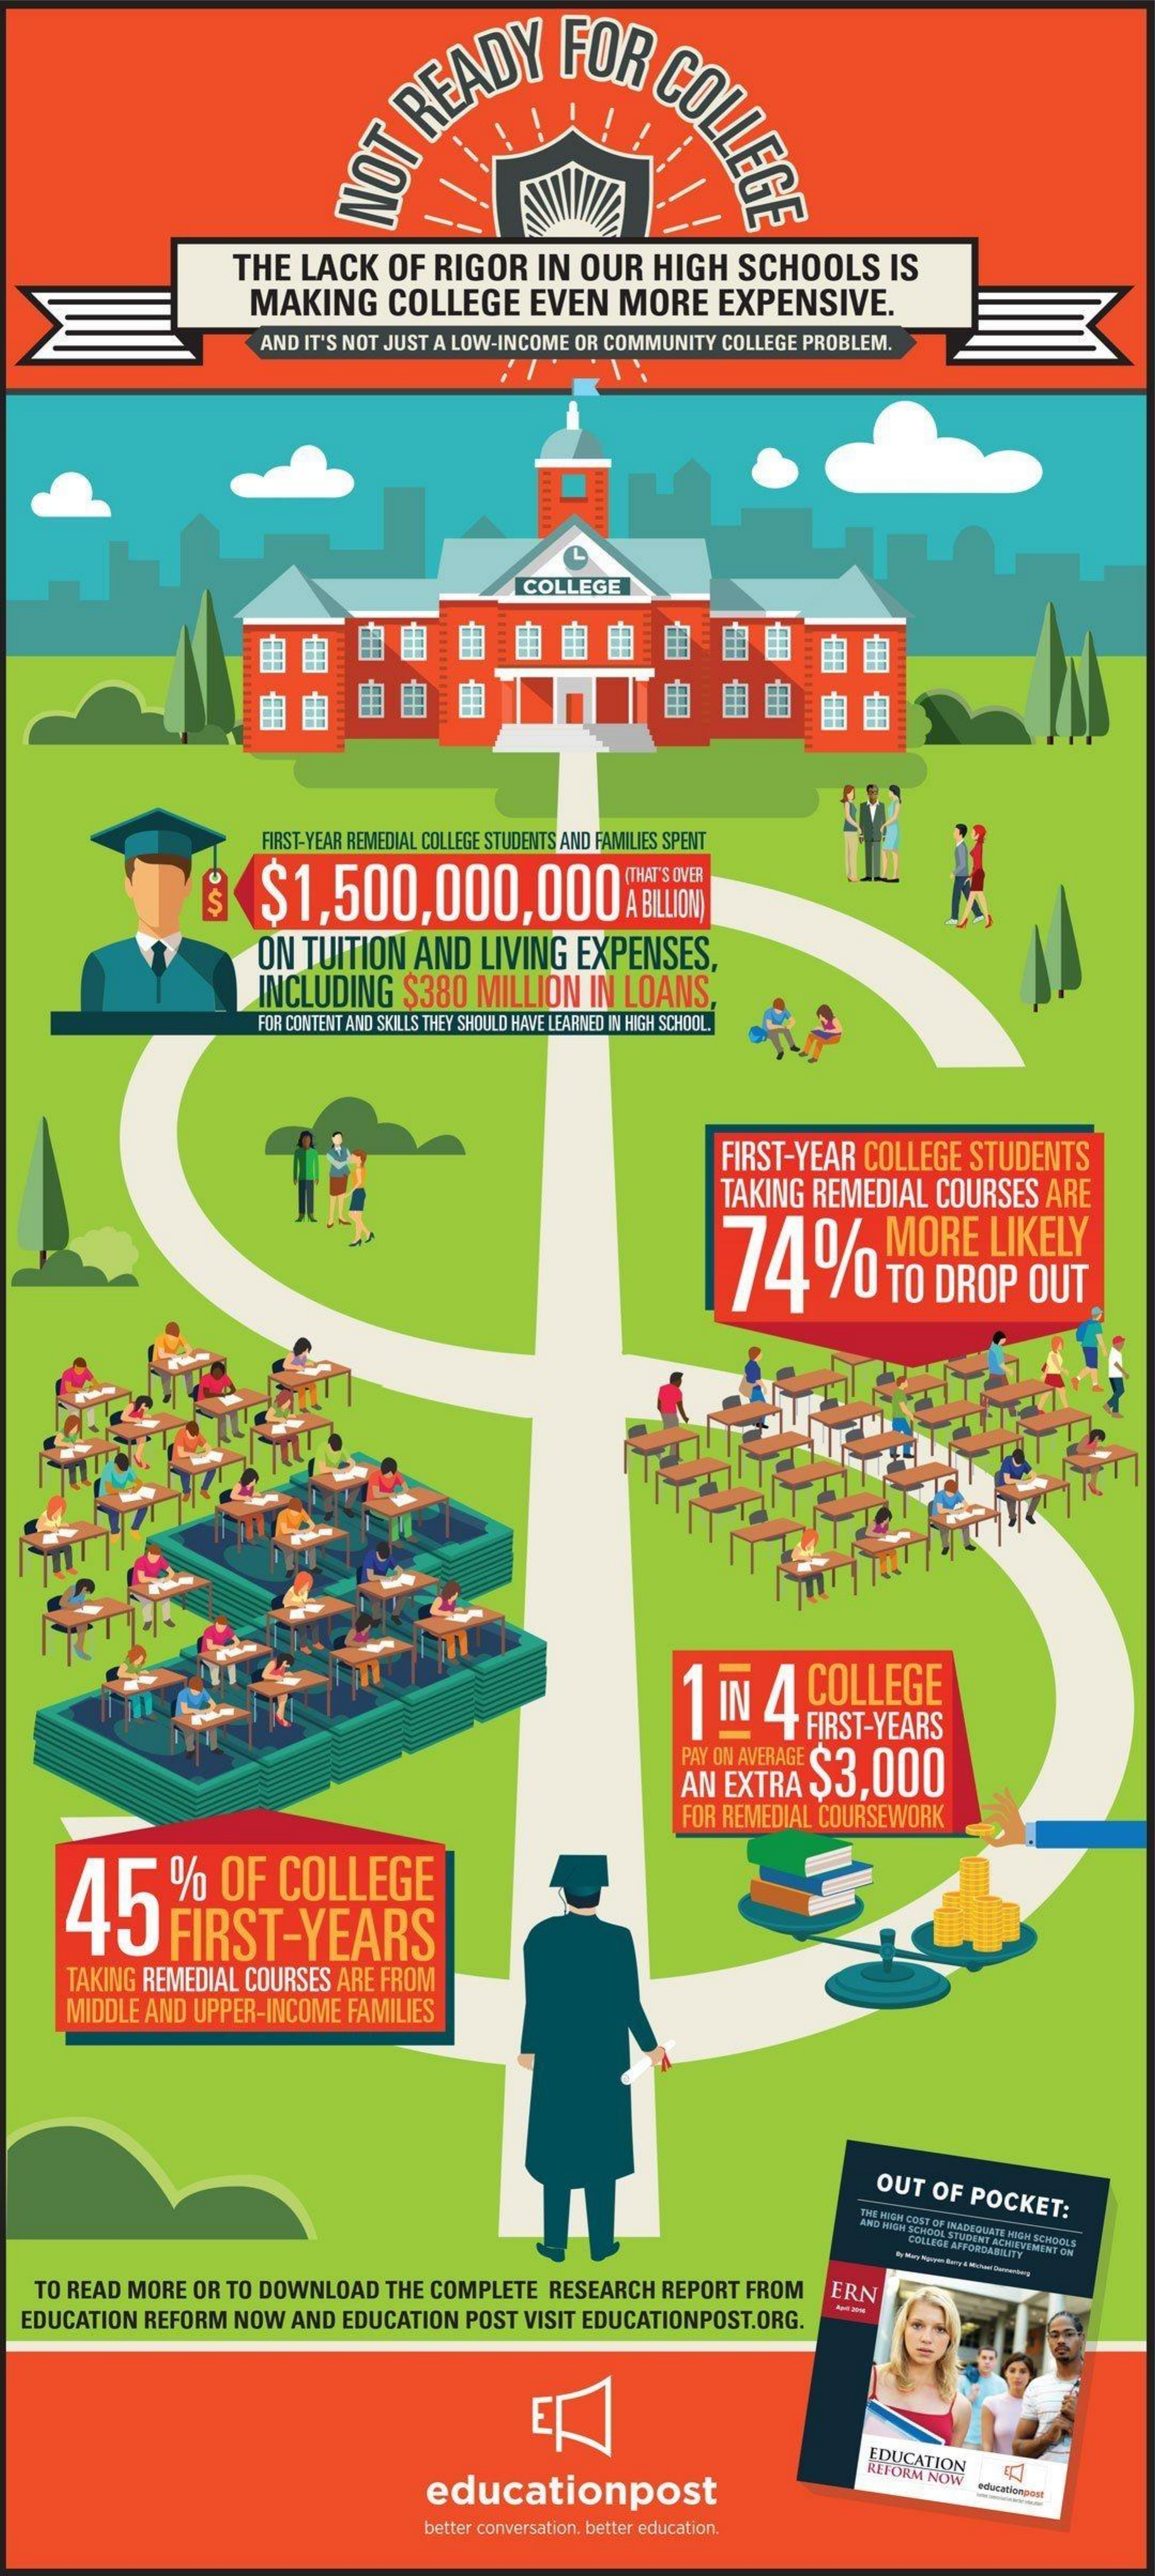
LEGE ON
     THE  LACK  OF RIGOR   IN OUR  HIGH   SCHOOLS   IS
     MAKING    COLLEGE   EVEN   MORE   EXPENSIVE.
     AND IT'S NOT JUST A LOW-INCOME OR COMMUNITY COLLEGE PROBLEM.
     COLLEGE
     由  由   自  由   由   由   由  由   由    由  租   自  由
     由  由   由  由   由    由    由  由   由  由
     FIRST-YEAR REMEDIAL COLLEGE STUDENTS AND FAMILIES SPENT
     $1,500,000,000ABLE00)
     ON TUITION AND  LIVING EXPENSES,
     INCLUDING $380  MILLION IN LOANS,
     FOR CONTENT AND SKILLS THEY SHOULD HAVE LEARNED IN HIGH SCHOOL.
     FIRST-YEAR COLLEGE STUDENTS
     TAKING REMEDIAL COURSES ARE
     74    /0  TO  DROP  OUT
     MORE   LIKELY
     1 IN  4 FIRST-YEARS
     COLLEGE
     PAY ON AVERAGE $3,000
     FOR REMEDIAL COURSEWORK
     45
     % OF  COLLEGE
     FIRST-YEARS
     TAKING REMEDIAL COURSES ARE FROM
     MIDDLE AND UPPER-INCOME FAMILIES
     OUT OF POCKET:
     THE HIGH COST OF INADEQUATE MIGH SCHOOLS
     AND HIGH SCHOOL STUDENT ACHIEVEMENT
     OM
     COLLEGE
     AFFORDABILITY
   TO READ MORE OR TO DOWNLOAD THE COMPLETE RESEARCH REPORT FROM ERN
  EDUCATION REFORM NOW AND EDUCATION POST VISIT EDUCATIONPOST.ORG.
     -
     EDUCATION
     educationpost
     REFORM NOW
     educationpast
     better conversation. better education.